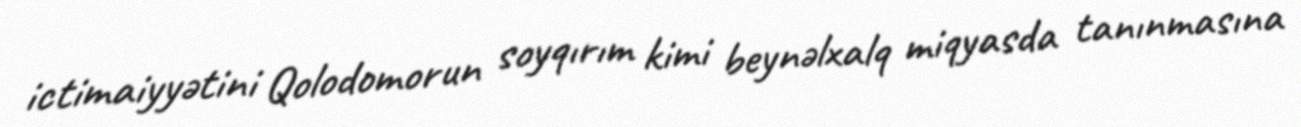
ictimaiyyətini Qolodomorun soyqırım kimi beynəlxalq miqyasda tanınmasına